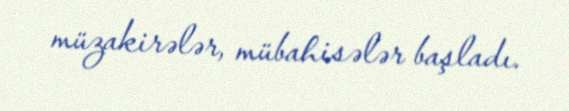
müzakirələr, mübahisələr başladı.